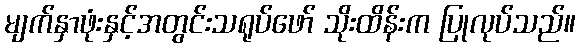
မျက်နှာဖုံးနှင့်အတွင်းသရုပ်ဖော် သိုးထိန်းက ပြုလုပ်သည်။